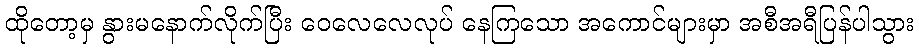
ထိုတော့မှ နွားမနောက်လိုက်ပြီး ဝေလေလေလုပ် နေကြသော အကောင်များမှာ အစီအရီပြန်ပါသွား